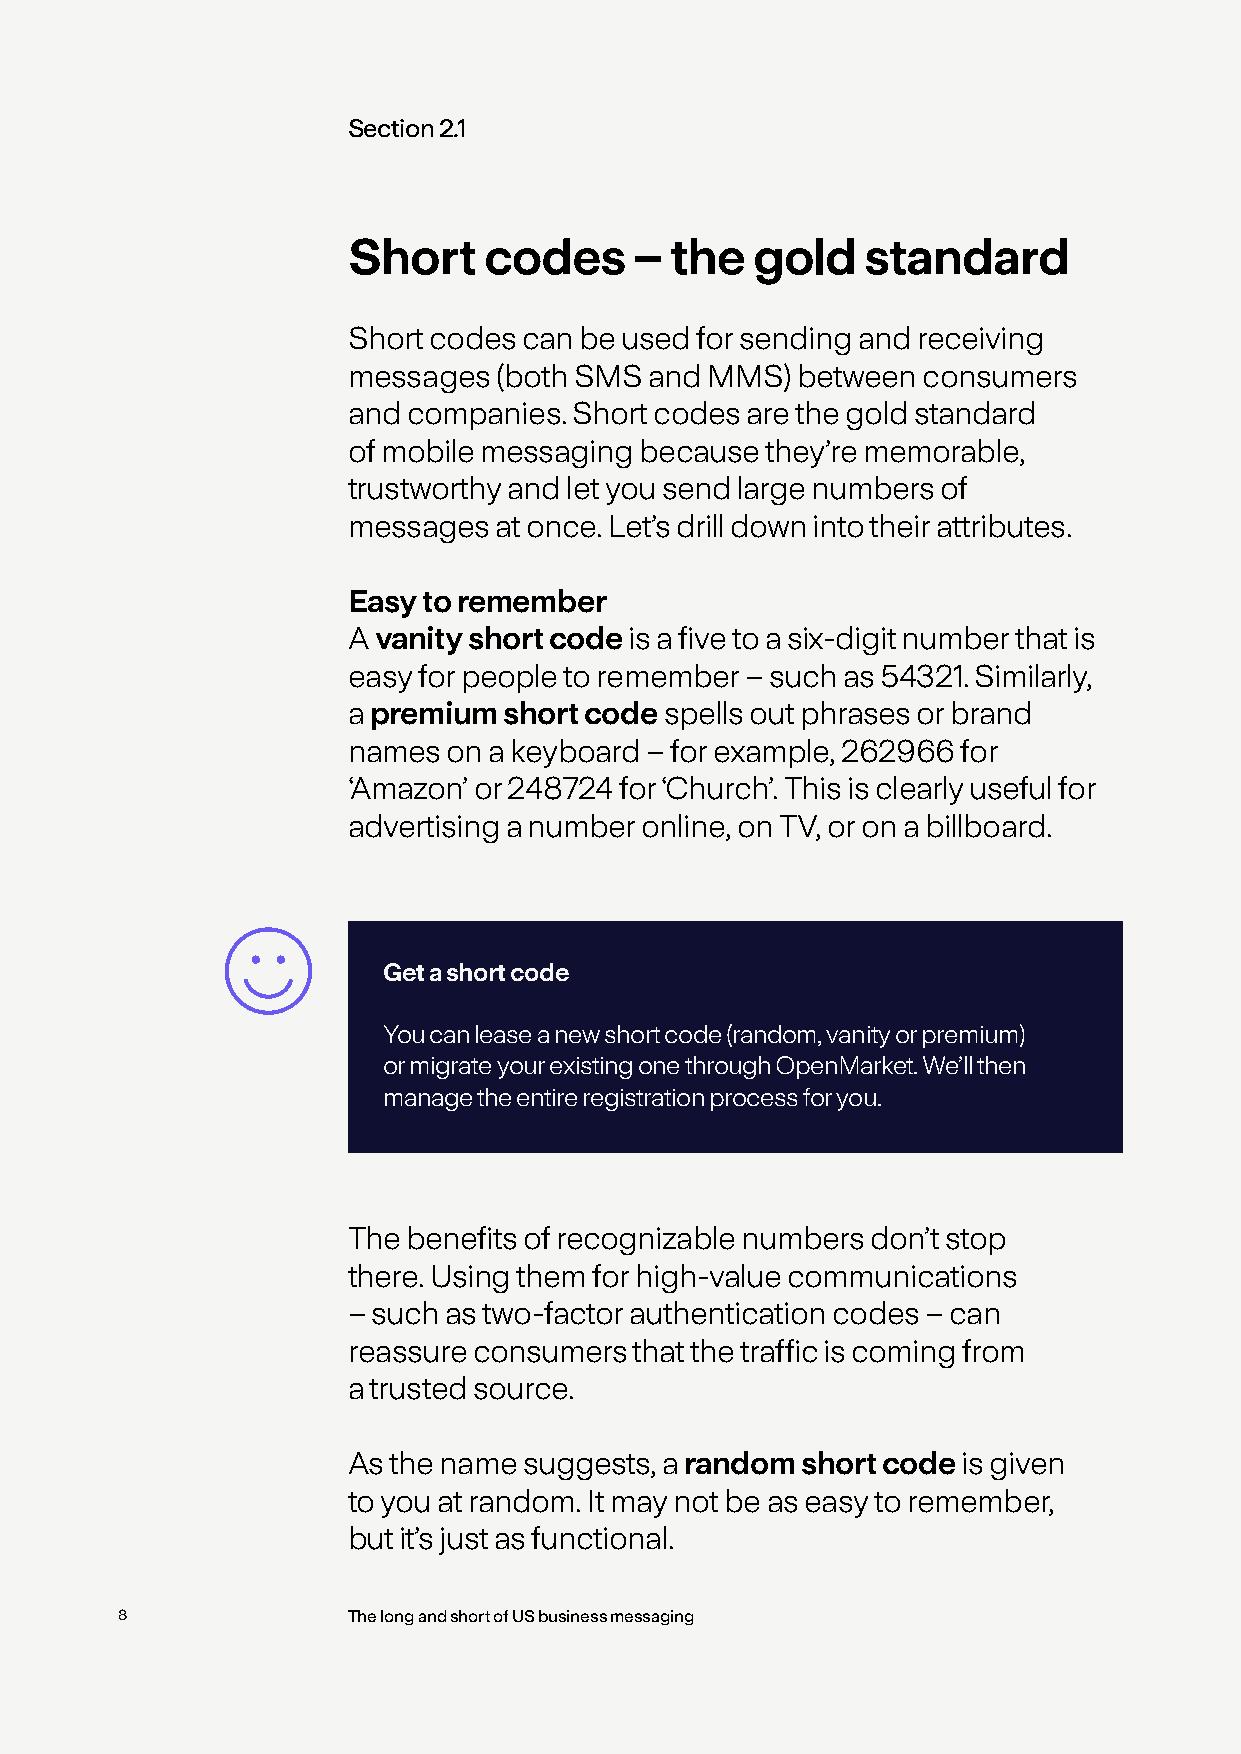
Section 2.1
 Short    codes     – the   gold   standard
 Short codes can be used for sending and receiving
 messages  (both SMS and MMS)  between consumers
 and companies. Short codes are the gold standard
 of mobile messaging because they’re memorable,
 trustworthy and let you send large numbers of
 messages  at once. Let’s drill down into their attributes.
 Easy to remember
 A vanity short code is a five to a six-digit number that is
 easy for people to remember – such as 54321. Similarly,
 a premium short code spells out phrases or brand
 names  on a keyboard – for example, 262966 for
 ‘Amazon’ or 248724 for ‘Church’. This is clearly useful for
 advertising a number online, on TV, or on a billboard.
 Get a short code
 You can lease a new short code (random, vanity or premium)
 or migrate your existing one through OpenMarket. We’ll then
 manage the entire registration process for you.
 The benefits of recognizable numbers don’t stop
 there. Using them for high-value communications
 – such as two-factor authentication codes – can
 reassure consumers that the traffic is coming from
 a trusted source.
 As the name suggests, a random short code is given
 to you at random. It may not be as easy to remember,
 but it’s just as functional.
 8              The long and short of US business messaging